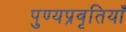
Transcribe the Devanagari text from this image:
पुण्यप्रवृतियाँ